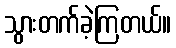
သွားတက်ခဲ့ကြတယ်။